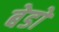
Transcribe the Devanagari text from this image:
बेडो